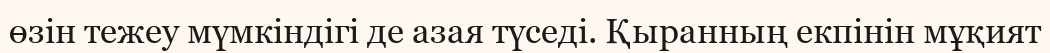
өзін тежеу мүмкіндігі де азая түседі. Қыранның екпінін мұқият